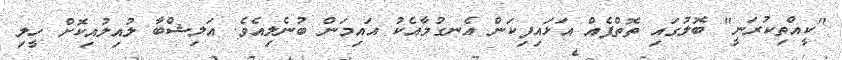
"ކީއްތިކުރަނީ" ބޮލުގައި ތޮތްޕެއް އަޅައިފިކަން އެނގުމާއެކު އައިމަން ބުނެލިއެވެ. އަލިޝްބާ ލުއިލުއިކޮށް ހީލި